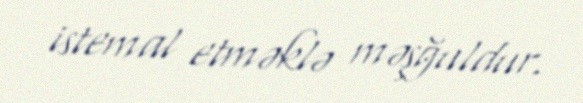
istemal etməklə məşğuldur.